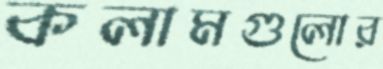
কলামগুলোর